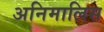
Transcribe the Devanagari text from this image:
अनिमालिस